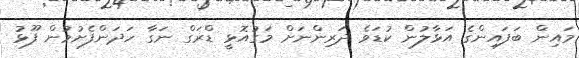
މައިން ބަފައިންގެ އަޅާލުން ކުޑަވެ ދަރިންނަށް މަގުއޮޅީ ޑްރަގް ނަގާ ހަދަންފެށުމުން ފޫޅު